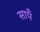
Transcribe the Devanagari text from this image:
सापँ